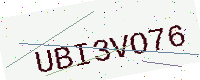
Text: UBI3VO76